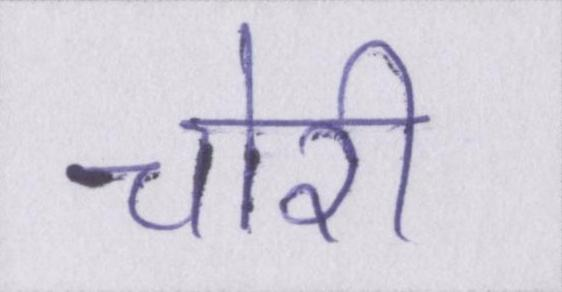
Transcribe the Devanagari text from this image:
चोरी